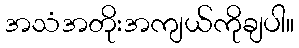
အသံအတိုးအကျယ်ကိုချပါ။